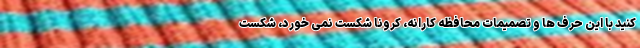
کنید با این حرف ها و تصمیمات محافظه کارانه، کرونا شکست نمی خورد، شکست